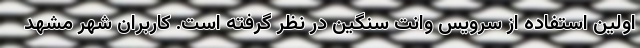
اولین استفاده از سرویس وانت سنگین در نظر گرفته است. کاربران شهر مشهد